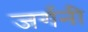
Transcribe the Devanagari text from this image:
जर्गनी